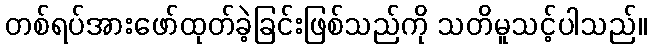
တစ်ရပ်အားဖော်ထုတ်ခဲ့ခြင်းဖြစ်သည်ကို သတိမူသင့်ပါသည်။